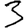
Digit: 3